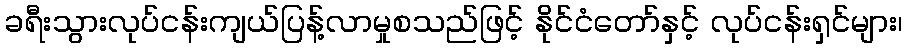
ခရီးသွားလုပ်ငန်းကျယ်ပြန့်လာမှုစသည်ဖြင့် နိုင်ငံတော်နှင့် လုပ်ငန်းရှင်များ၊